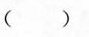
( )